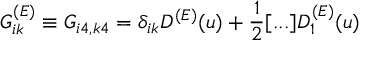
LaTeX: G _ { i k } ^ { ( E ) } \equiv G _ { i 4 , k 4 } = \delta _ { i k } D ^ { ( E ) } ( u ) + \frac { 1 } { 2 } [ . . . ] D _ { 1 } ^ { ( E ) } ( u )